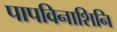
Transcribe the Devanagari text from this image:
पापविनाशिनि